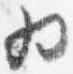
為